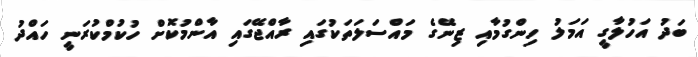
ބަދު އަހުލާގީ އަމަލު ހިންގުމާއި ޒިނޭގެ މައްސަލަތަކުގައި ރާއްޖޭގައި އާންމުކޮށް ހުކުމްކުރަނީ ހައްދު